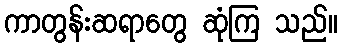
ကာတွန်းဆရာတွေ ဆုံကြ သည်။